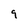
Character: 9